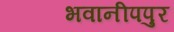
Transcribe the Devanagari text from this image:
भवानीपपुर